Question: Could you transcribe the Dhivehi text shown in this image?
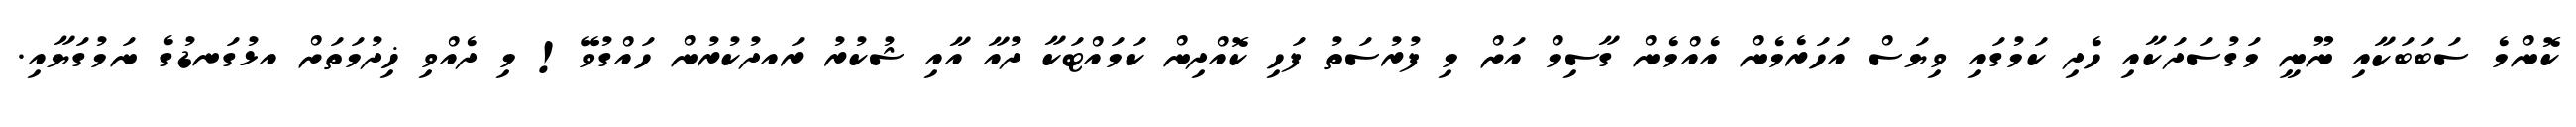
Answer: ކޮންމެ ސަބަބަކާއި ނޫނީ މަގުސަދަކާއި ހެދި ކަމުގައި ވިޔަސް އަހަރެމެން އެއްމެން ގާސިމް އަށް މި ފުރުސަތު ފަހި ކޮއްދިން ކަމައްޓަކާ ދުއާ އާއި ޝުކުރު ރައދުކުރުން ހައްގުވޭ! މި ދެއްވި ޚިދުމަތަށް އޅުގަނޑުގެ ނަމުގަޔާއި.